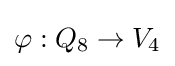
\varphi :Q_{8}\to V_{4}